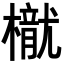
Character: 𣜐